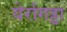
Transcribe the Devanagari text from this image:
येर्रागड्डा